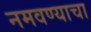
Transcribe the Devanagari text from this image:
नमवण्याचा